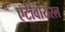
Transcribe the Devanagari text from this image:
एटीवायरल